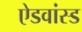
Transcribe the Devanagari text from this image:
ऐडवांस्ड